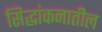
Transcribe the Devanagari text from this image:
सिद्धांकनातील